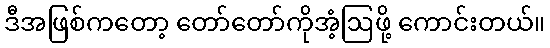
ဒီအဖြစ်ကတော့ တော်တော်ကိုအံ့ဩဖို့ ကောင်းတယ်။